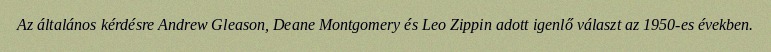
Az általános kérdésre Andrew Gleason, Deane Montgomery és Leo Zippin adott igenlő választ az 1950-es években.